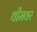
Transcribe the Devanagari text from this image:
थीमवर